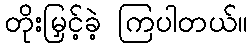
တိုးမြှင့်ခဲ့ ကြပါတယ်။